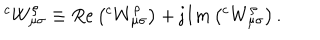
LaTeX: \left. ^ { c } W _ { \mu \sigma } ^ { \rho } \right. \equiv R e \left( ^ { c } W _ { \mu \sigma } ^ { \rho } \right) + \mathrm { j } I m \left( ^ { c } W _ { \mu \sigma } ^ { \rho } \right) .